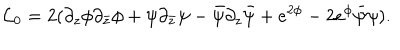
{ \cal L } _ { 0 } = 2 ( \partial _ { z } \phi \partial _ { \bar { z } } \phi + \psi \partial _ { \bar { z } } \psi - \bar { \psi } \partial _ { z } \bar { \psi } + e ^ { 2 \phi } - 2 e ^ { \phi } \bar { \psi } \psi ) .